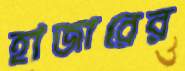
হাজারের